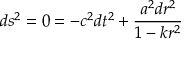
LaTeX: d s ^ { 2 } = 0 = - c ^ { 2 } d t ^ { 2 } + { \frac { a ^ { 2 } d r ^ { 2 } } { 1 - k r ^ { 2 } } }